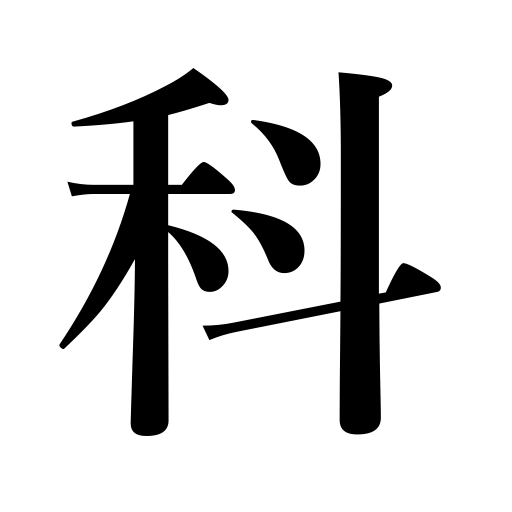
Meanings: branch,arm of defense,college,family in biology,department,school,faculty,course